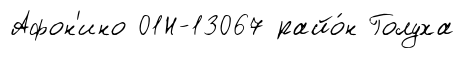
Афон'ино 01Н-13067 райо́н Голуха